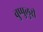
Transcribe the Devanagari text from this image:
वुप्पुलुरी